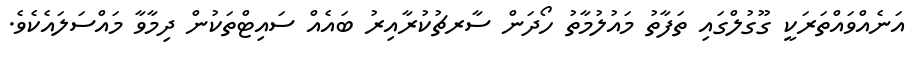
އަނެއްވައްތަރަކީ ގޫގުލްގައި ތަފާތު މައުލުމާތު ހޯދަން ސާރޗުކުރާއިރު ބައެއް ސައިޓްތަކުން ދިމާވާ މައްސަލައެކެވެ.